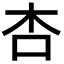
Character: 杏